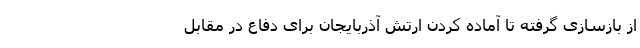
از بازسازی گرفته تا آماده کردن ارتش آذربایجان برای دفاع در مقابل